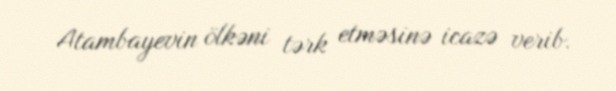
Atambayevin ölkəni tərk etməsinə icazə verib.